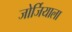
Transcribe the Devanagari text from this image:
जोर्जियाला